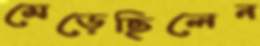
মেড়েছিলেন